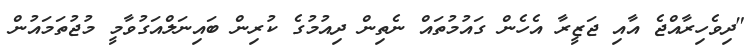
"ދިވެހިރާއްޖެ އާއި ޖަޒީރާ އެހެން ގައުމުތައް ނެތިން ދިއުމުގެ ކުރިން ބައިނަލްއަގުވާމީ މުޖުތަމައުން